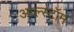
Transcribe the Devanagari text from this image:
आल्स्टॉम